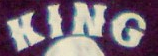
KING